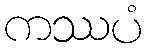
ကဿပံ